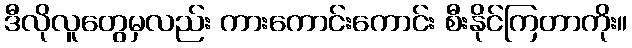
ဒီလိုလူတွေမှလည်း ကားကောင်းကောင်း စီးနိုင်ကြတာကိုး။